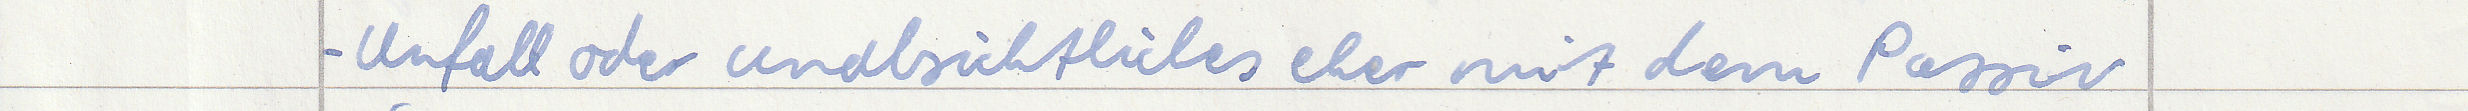
- Unfall oder unabsichtliches eher mit dem Passiv